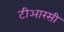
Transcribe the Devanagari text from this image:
टीआरसी